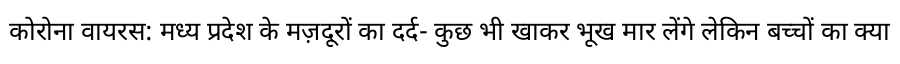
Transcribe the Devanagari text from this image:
कोरोना वायरस: मध्य प्रदेश के मज़दूरों का दर्द- कुछ भी खाकर भूख मार लेंगे लेकिन बच्चों का क्या